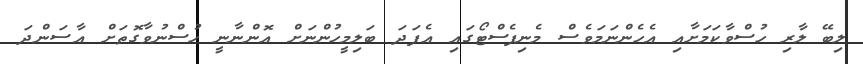
ލިބޭ ލާރި ހުސްވާކަމަށާއި އެހެންނަމަވެސް މެނިފެސްޓޯގައި އެފަދަ ބަލިމީހުންނަށް އޮންނާނީ ހުސްނުވާގޮތަށް އާސަންދަ